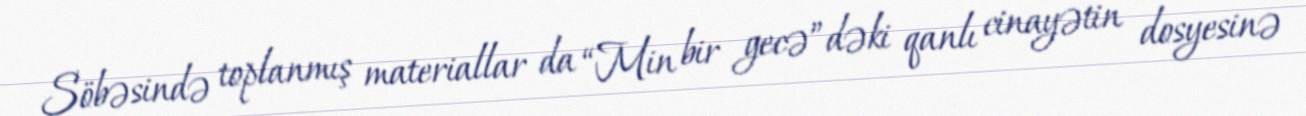
Şöbəsində toplanmış materiallar da “Min bir gecə”dəki qanlı cinayətin dosyesinə